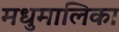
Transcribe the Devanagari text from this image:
मधुमालिका